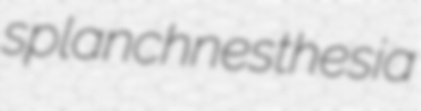
splanchnesthesia